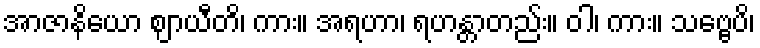
အာဇာနိယော ဈာယီတိ၊ ကား။ အရဟာ၊ ရဟန္တာတည်း။ ဝါ၊ ကား။ သဗ္ဗေပိ၊